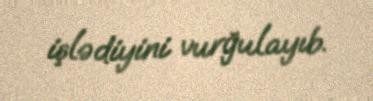
işlədiyini vurğulayıb.